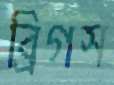
ব্রিগস